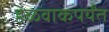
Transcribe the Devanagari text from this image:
हेळवाकपर्यंत